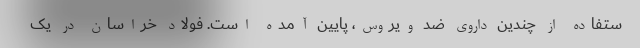
ستفاده از چندین داروی ضد ویروس، پایین آمده است. فولاد خراسان در یک